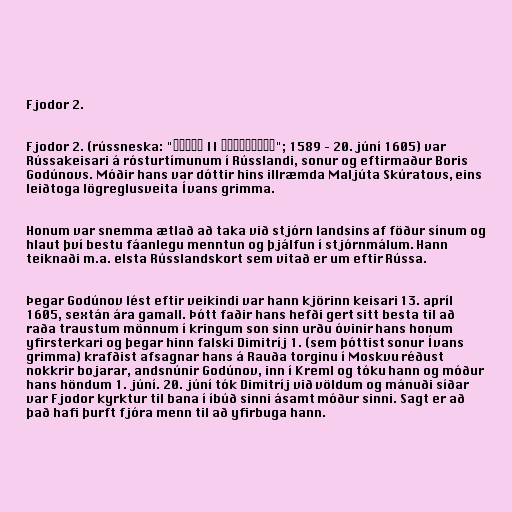
Fjodor 2.

Fjodor 2. (rússneska: "Фёдор II Борисович"; 1589 – 20. júní 1605) var
Rússakeisari á rósturtímunum í Rússlandi, sonur og eftirmaður Boris
Godúnovs. Móðir hans var dóttir hins illræmda Maljúta Skúratovs, eins
leiðtoga lögreglusveita Ívans grimma.

Honum var snemma ætlað að taka við stjórn landsins af föður sínum og
hlaut því bestu fáanlegu menntun og þjálfun í stjórnmálum. Hann
teiknaði m.a. elsta Rússlandskort sem vitað er um eftir Rússa.

Þegar Godúnov lést eftir veikindi var hann kjörinn keisari 13. apríl
1605, sextán ára gamall. Þótt faðir hans hefði gert sitt besta til að
raða traustum mönnum í kringum son sinn urðu óvinir hans honum
yfirsterkari og þegar hinn falski Dimitríj 1. (sem þóttist sonur Ívans
grimma) krafðist afsagnar hans á Rauða torginu í Moskvu réðust
nokkrir bojarar, andsnúnir Godúnov, inn í Kreml og tóku hann og móður
hans höndum 1. júní. 20. júní tók Dimitríj við völdum og mánuði síðar
var Fjodor kyrktur til bana í íbúð sinni ásamt móður sinni. Sagt er að
það hafi þurft fjóra menn til að yfirbuga hann.